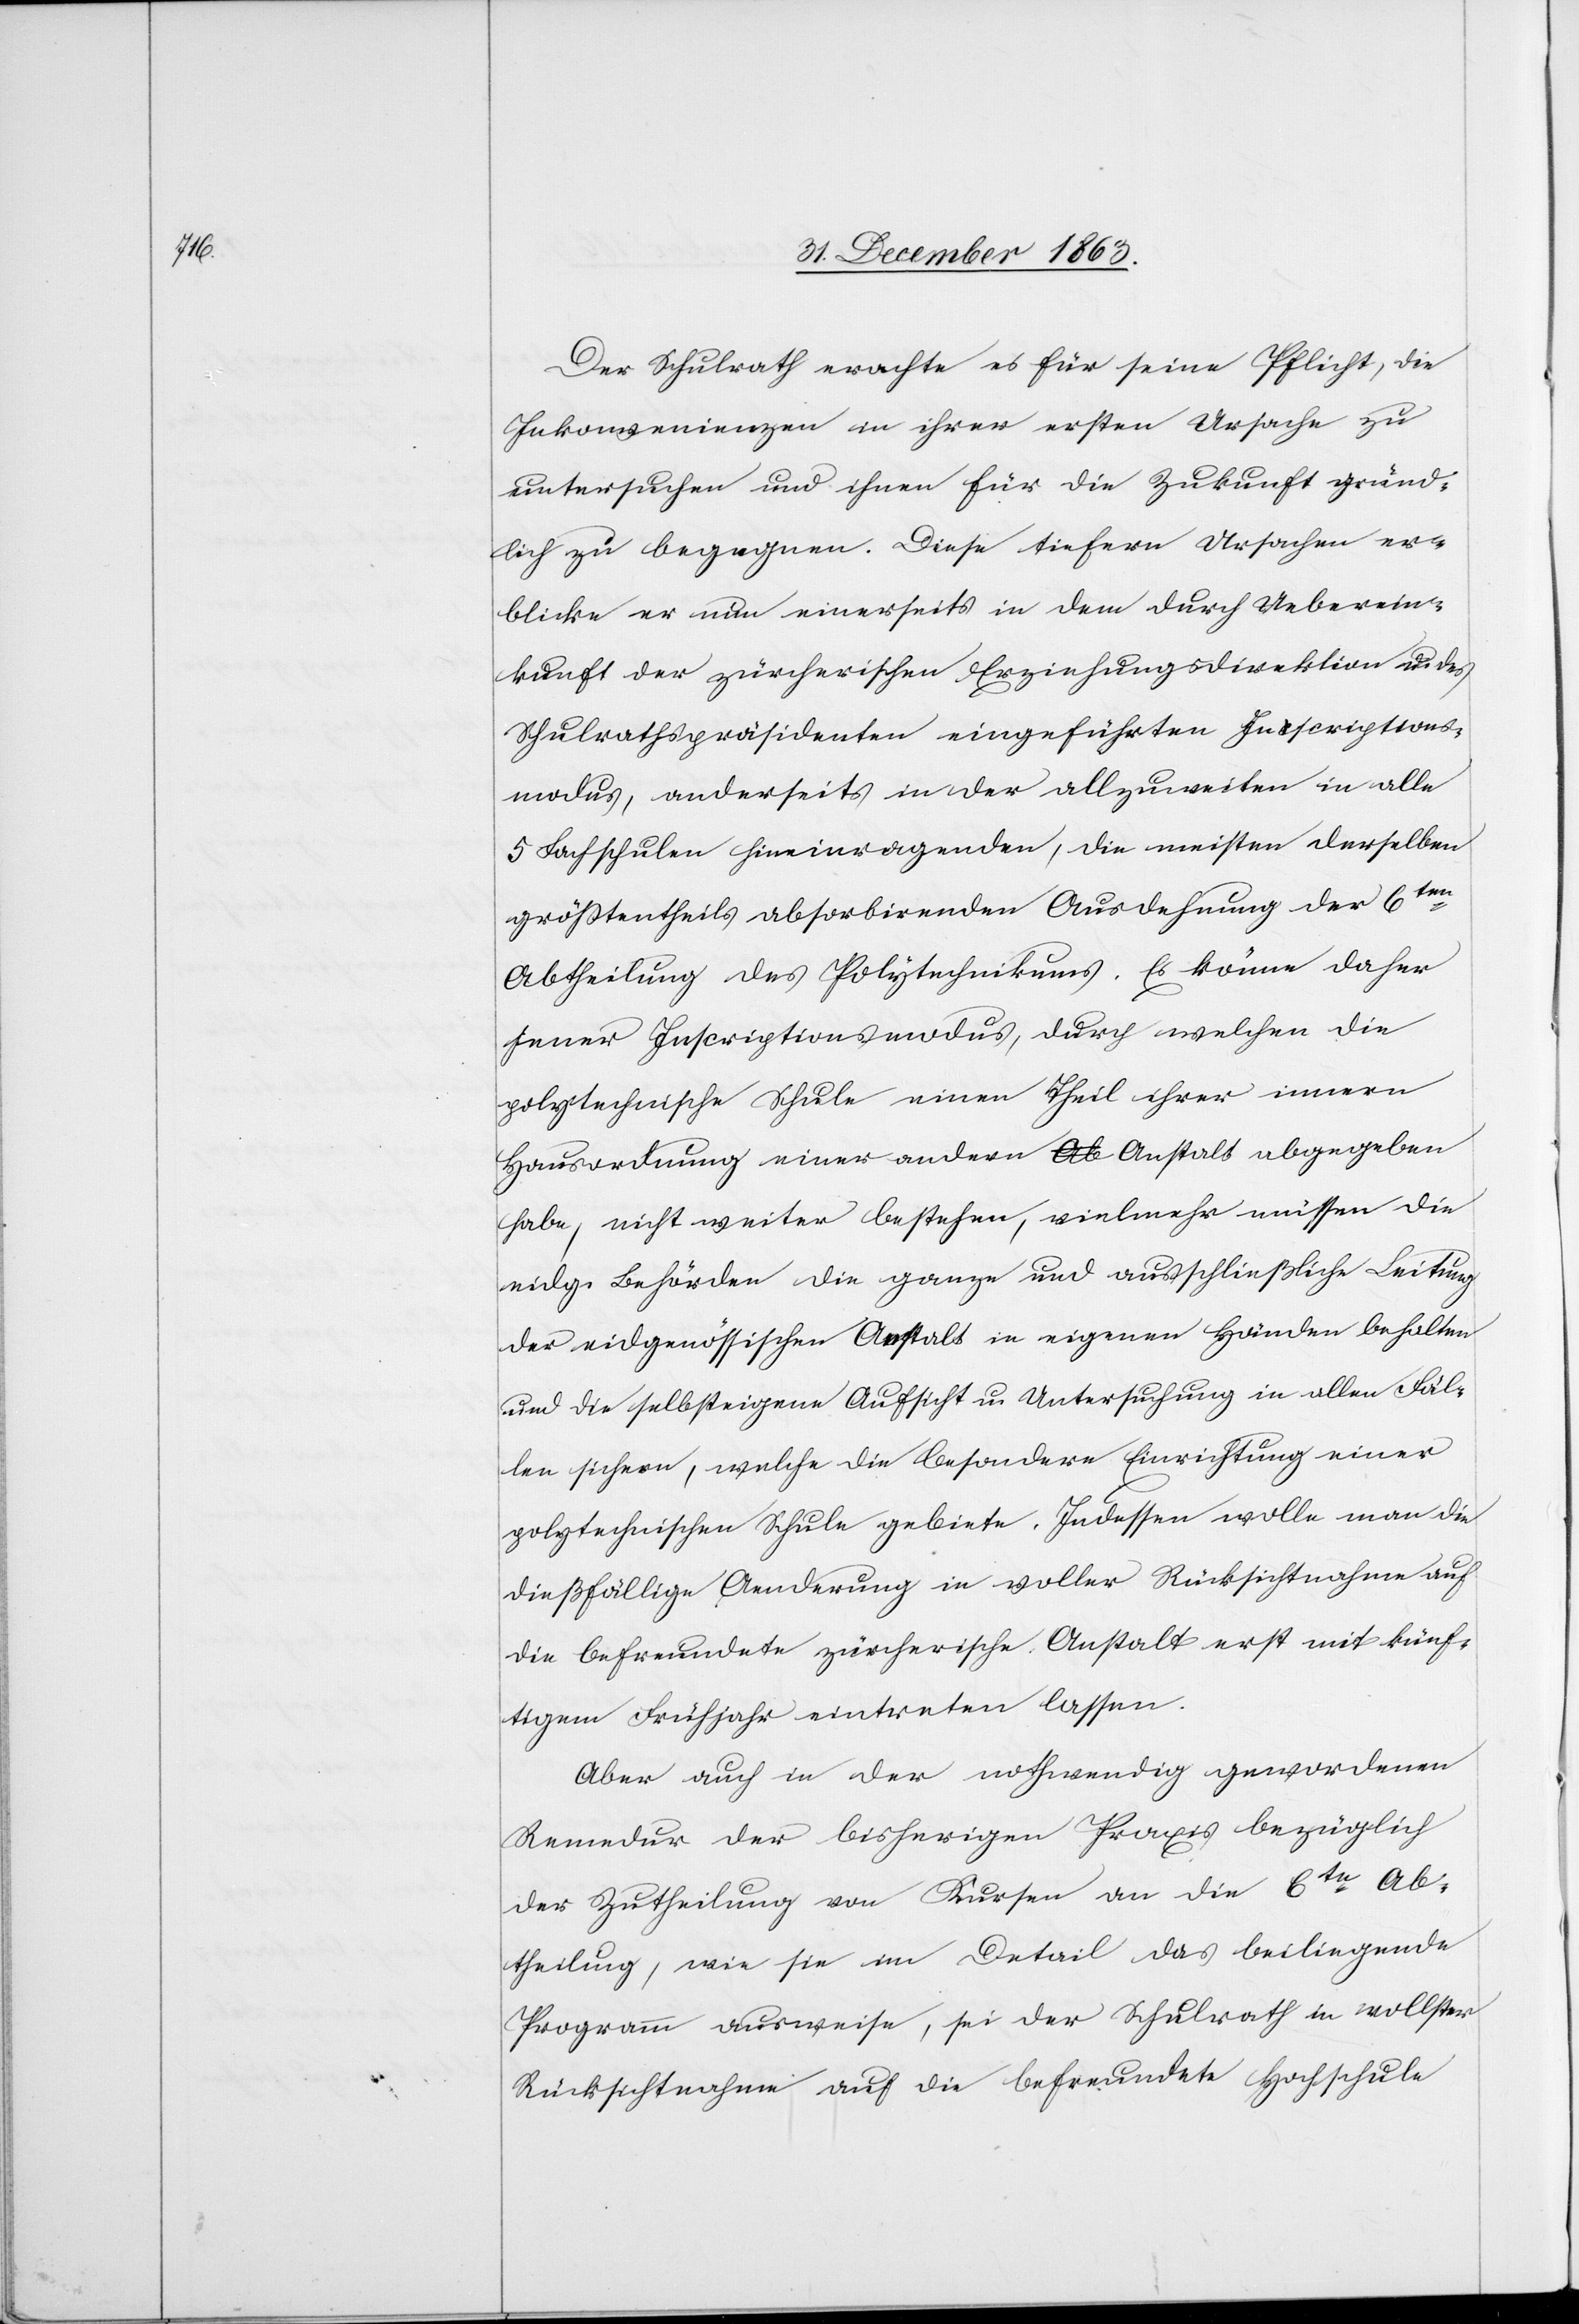
Der Schulrath erachte es für seine Pflicht, die
Inkonvenienzen in ihrer ersten Ursache zu
untersuchen und ihnen für die Zukunft gründ¬
lich zu begegnen. Diese tiefern Ursachen er¬
blicke er nun einerseits in dem durch Ueberein¬
kunft der zürcherischen Erziehungsdirektion u. des
Schulrathspräsidenten eingeführten Inscriptions¬
modus, anderseits in der allzuweiten in alle
5 Fachschulen hineinragenden, die meisten derselben
grösstentheils absorbirenden Ausdehnung der 6ten
Abtheilung des Polytechnikums. Es könne daher
jener Inscriptionsmodus, durch welchen die
polytechnische Schule einen Theil ihrer innern
Hausordnung einer andern Anstalt abgegeben
habe, nicht weiter bestehen, vielmehr müssen die
eidg. Behörden die ganze und ausschließliche Leitung
der eidgenössischen Anstalt in eigenen Händen behalten
und die selbsteigene Aufsicht u. Untersuchung in allen Fäl¬
len sichern, welche die besondere Einrichtung einer
polytechnischen Schule gebiete. Indessen wolle man die
dießfällige Aenderung in voller Rücksichtnahme auf
die befreundete zürcherische Anstalt erst mit künf¬
tigem Frühjahr eintreten lassen.
Aber auch in der nothwendig gewordenen
Remedur der bisherigen Praxis bezüglich
der Zutheilung von Kursen an die 6te Ab¬
theilung, wie sie im Detail das beiliegende
Programm ausweise, sei der Schulrath in vollster
Rücksichtnahme auf die befreundete Hochschule